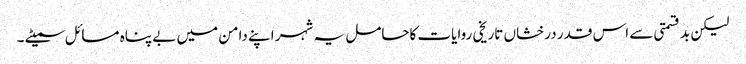
لیکن بد قسمتی سے اس قدر درخشاں تاریخی روایات کاحامل یہ شہر اپنے دامن میں بے پناہ مسائل سمیٹے ۔